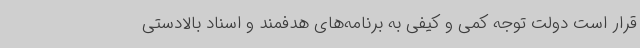
قرار است دولت توجه کمی و کیفی به برنامه‌های هدفمند و اسناد بالادستی